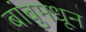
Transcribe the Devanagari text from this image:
बांबुमधून